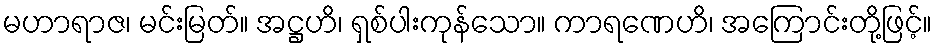
မဟာရာဇ၊ မင်းမြတ်။ အဋ္ဌဟိ၊ ရှစ်ပါးကုန်သော။ ကာရဏေဟိ၊ အကြောင်းတို့ဖြင့်။